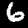
Label: 6